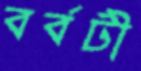
বর্বটী